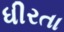
ધીરતા